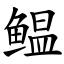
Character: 鳁